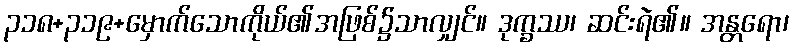
၃၁၈+၃၁၉+မှောက်သောကိုယ်၏အဖြစ်၌သာလျှင်။ ဒုက္ခဿ၊ ဆင်းရဲ၏။ အန္တရော၊